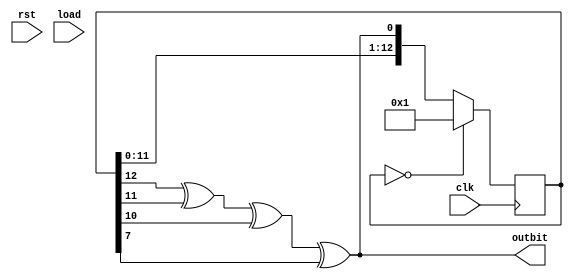
module lfsr(
	output outbit, 
	input clk, rst, load);
	
// Consider it a finite state machine
	reg [12:0] curr_state;
	reg [12:0] next_state;
	
	
// Define seed (change for different random behavior)
	parameter SEED = 13'd1;
	
	//C3
	//dffr #(13) ff (.clk(clk), .r(rst), .d(next_state), .q(curr_state));
	
	always @(posedge clk) begin //or posedge rst
		if (curr_state == 0)
			curr_state <= SEED;
		else 
			curr_state <= next_state;
	end
	
	always @(*) begin
		//c1 next_state = load ? SEED : {curr_state[11:0], outbit};
		next_state = {curr_state[11:0], outbit};
	end
	
// Maximal length polynomial is x^13 + x^12 + x^11 + x^8 + 1
   //C2 assign outbit = rst ? 1'b0 : curr_state[12] ^ curr_state[11] ^ curr_state[10] ^ curr_state[7];
	assign outbit = curr_state[12] ^ curr_state[11] ^ curr_state[10] ^ curr_state[7];
	
endmodule